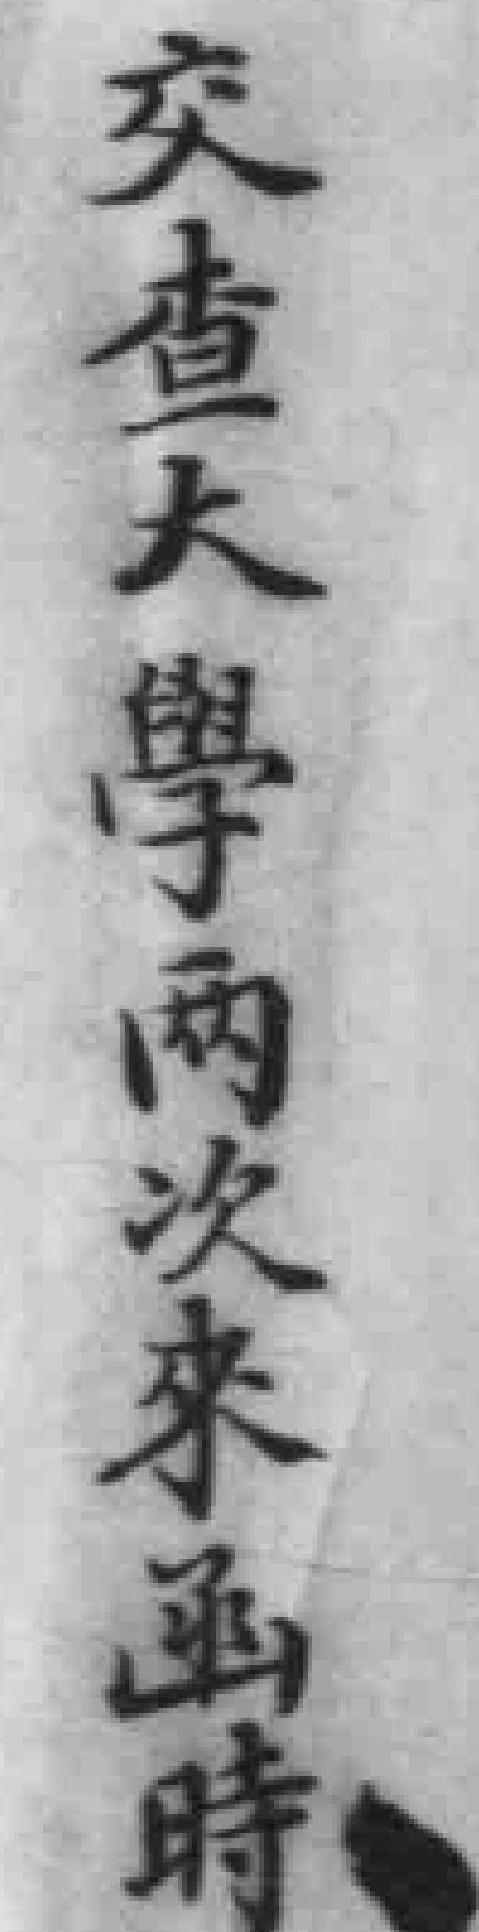
交查大學两次来函時